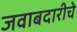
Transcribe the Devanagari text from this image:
जवाबदारीचे